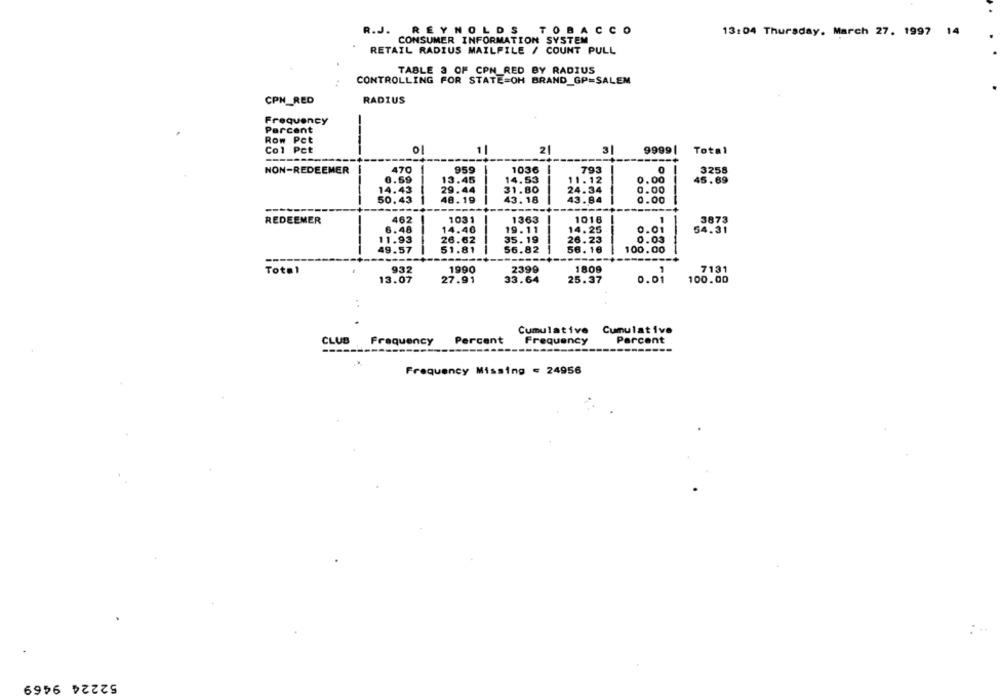
R.J. REYNOLDS TOBACCO
13:04 Thursday, March 27. 1997 14
CONSUMER INFORMATION SYSTEM
RETAIL RADIUS MAILFILE / COUNT PULL
TABLE 3 OF CPN RED BY RADIUS
CONTROLLING FOR STATE=OH BRAND GP=SALEM
CPN_RED
RADIUS
Frequency
Percent
Row Pet
Col Pct
1
2
3
9999 |
Total
NON-REDEEMER
470
959
1036
793
3258
0.69
13.45
14.53
11.12
0.00
45.69
14.43
29.44
31.80
24.34
0.00
50,43
48.19
43.18
43.84
0.00
REDEEMER
462
1031
1363
1016
1
3873
6.48
14.46
19.11
14.25
0.01
54.31
11.93
26.62
35.19
26.23
0.03
49.57
51.81
56.82
56. 16
100.00
Total
932
1990
2399
1809
7131
0.01
100.00
13.07
27.91
33.64
25.37
Cumulative Cumulative
CLUB
Frequency
Percent
Frequency
Parcent
Frequency Missing = 24956
52224 9469